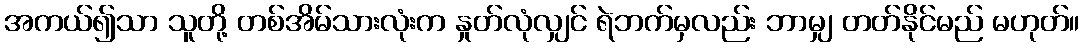
အကယ်၍သာ သူတို့ တစ်အိမ်သားလုံးက နှုတ်လုံလျှင် ရဲဘက်မှလည်း ဘာမျှ တတ်နိုင်မည် မဟုတ်။